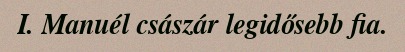
I. Manuél császár legidősebb fia.